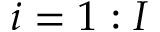
i = 1 : I